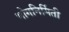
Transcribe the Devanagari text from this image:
भोगनिर्मिती